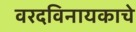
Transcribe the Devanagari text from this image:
वरदविनायकाचे